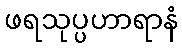
ဖရသုပ္ပဟာရာနံ